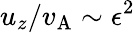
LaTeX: u_{z}/v_{\mathrm{A}}\sim\epsilon^{2}